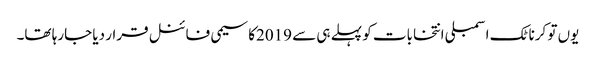
یوں تو کرناٹک اسمبلی انتخابات کو پہلے ہی سے 2019کا سیمی فائنل قرار دیا جارہا تھا۔